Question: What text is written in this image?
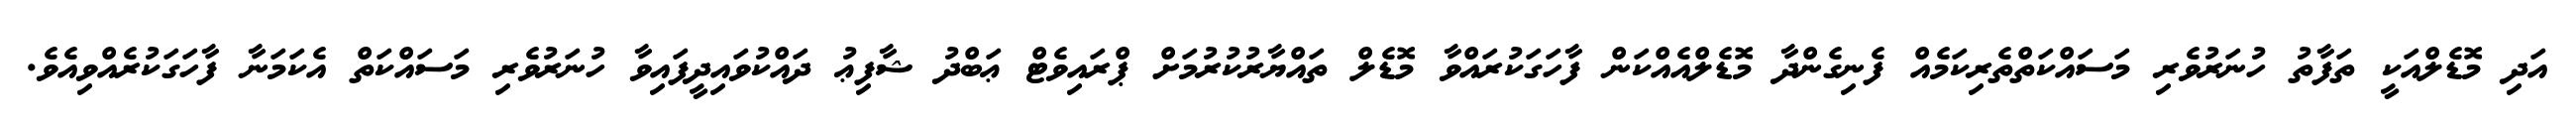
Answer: އަދި މޮޑެލްއަކީ ތަފާތު ހުނަރުވެރި މަސައްކަތްތެރިކަމެއް ފެނިގެންދާ މޮޑެލްއެއްކަން ފާހަގަކުރައްވާ މޮޑެލް ތައްޔާރުކުރުމަށް ޕްރައިވެޓް ޢަބްދު ޝާފިޢު ދައްކުވައިދީފައިވާ ހުނަރުވެރި މަސައްކަތް އެކަމަނާ ފާހަގަކުރެއްވިއެވެ.